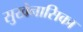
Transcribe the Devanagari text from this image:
सुखेनासिका